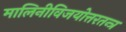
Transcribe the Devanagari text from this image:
मालिनीविजयोत्तरतन्त्र